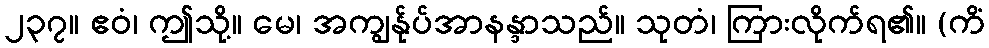
၂၃၇။ ဧဝံ၊ ဤသို့။ မေ၊ အကျွန်ုပ်အာနန္ဒာသည်။ သုတံ၊ ကြားလိုက်ရ၏။ (ကိံ